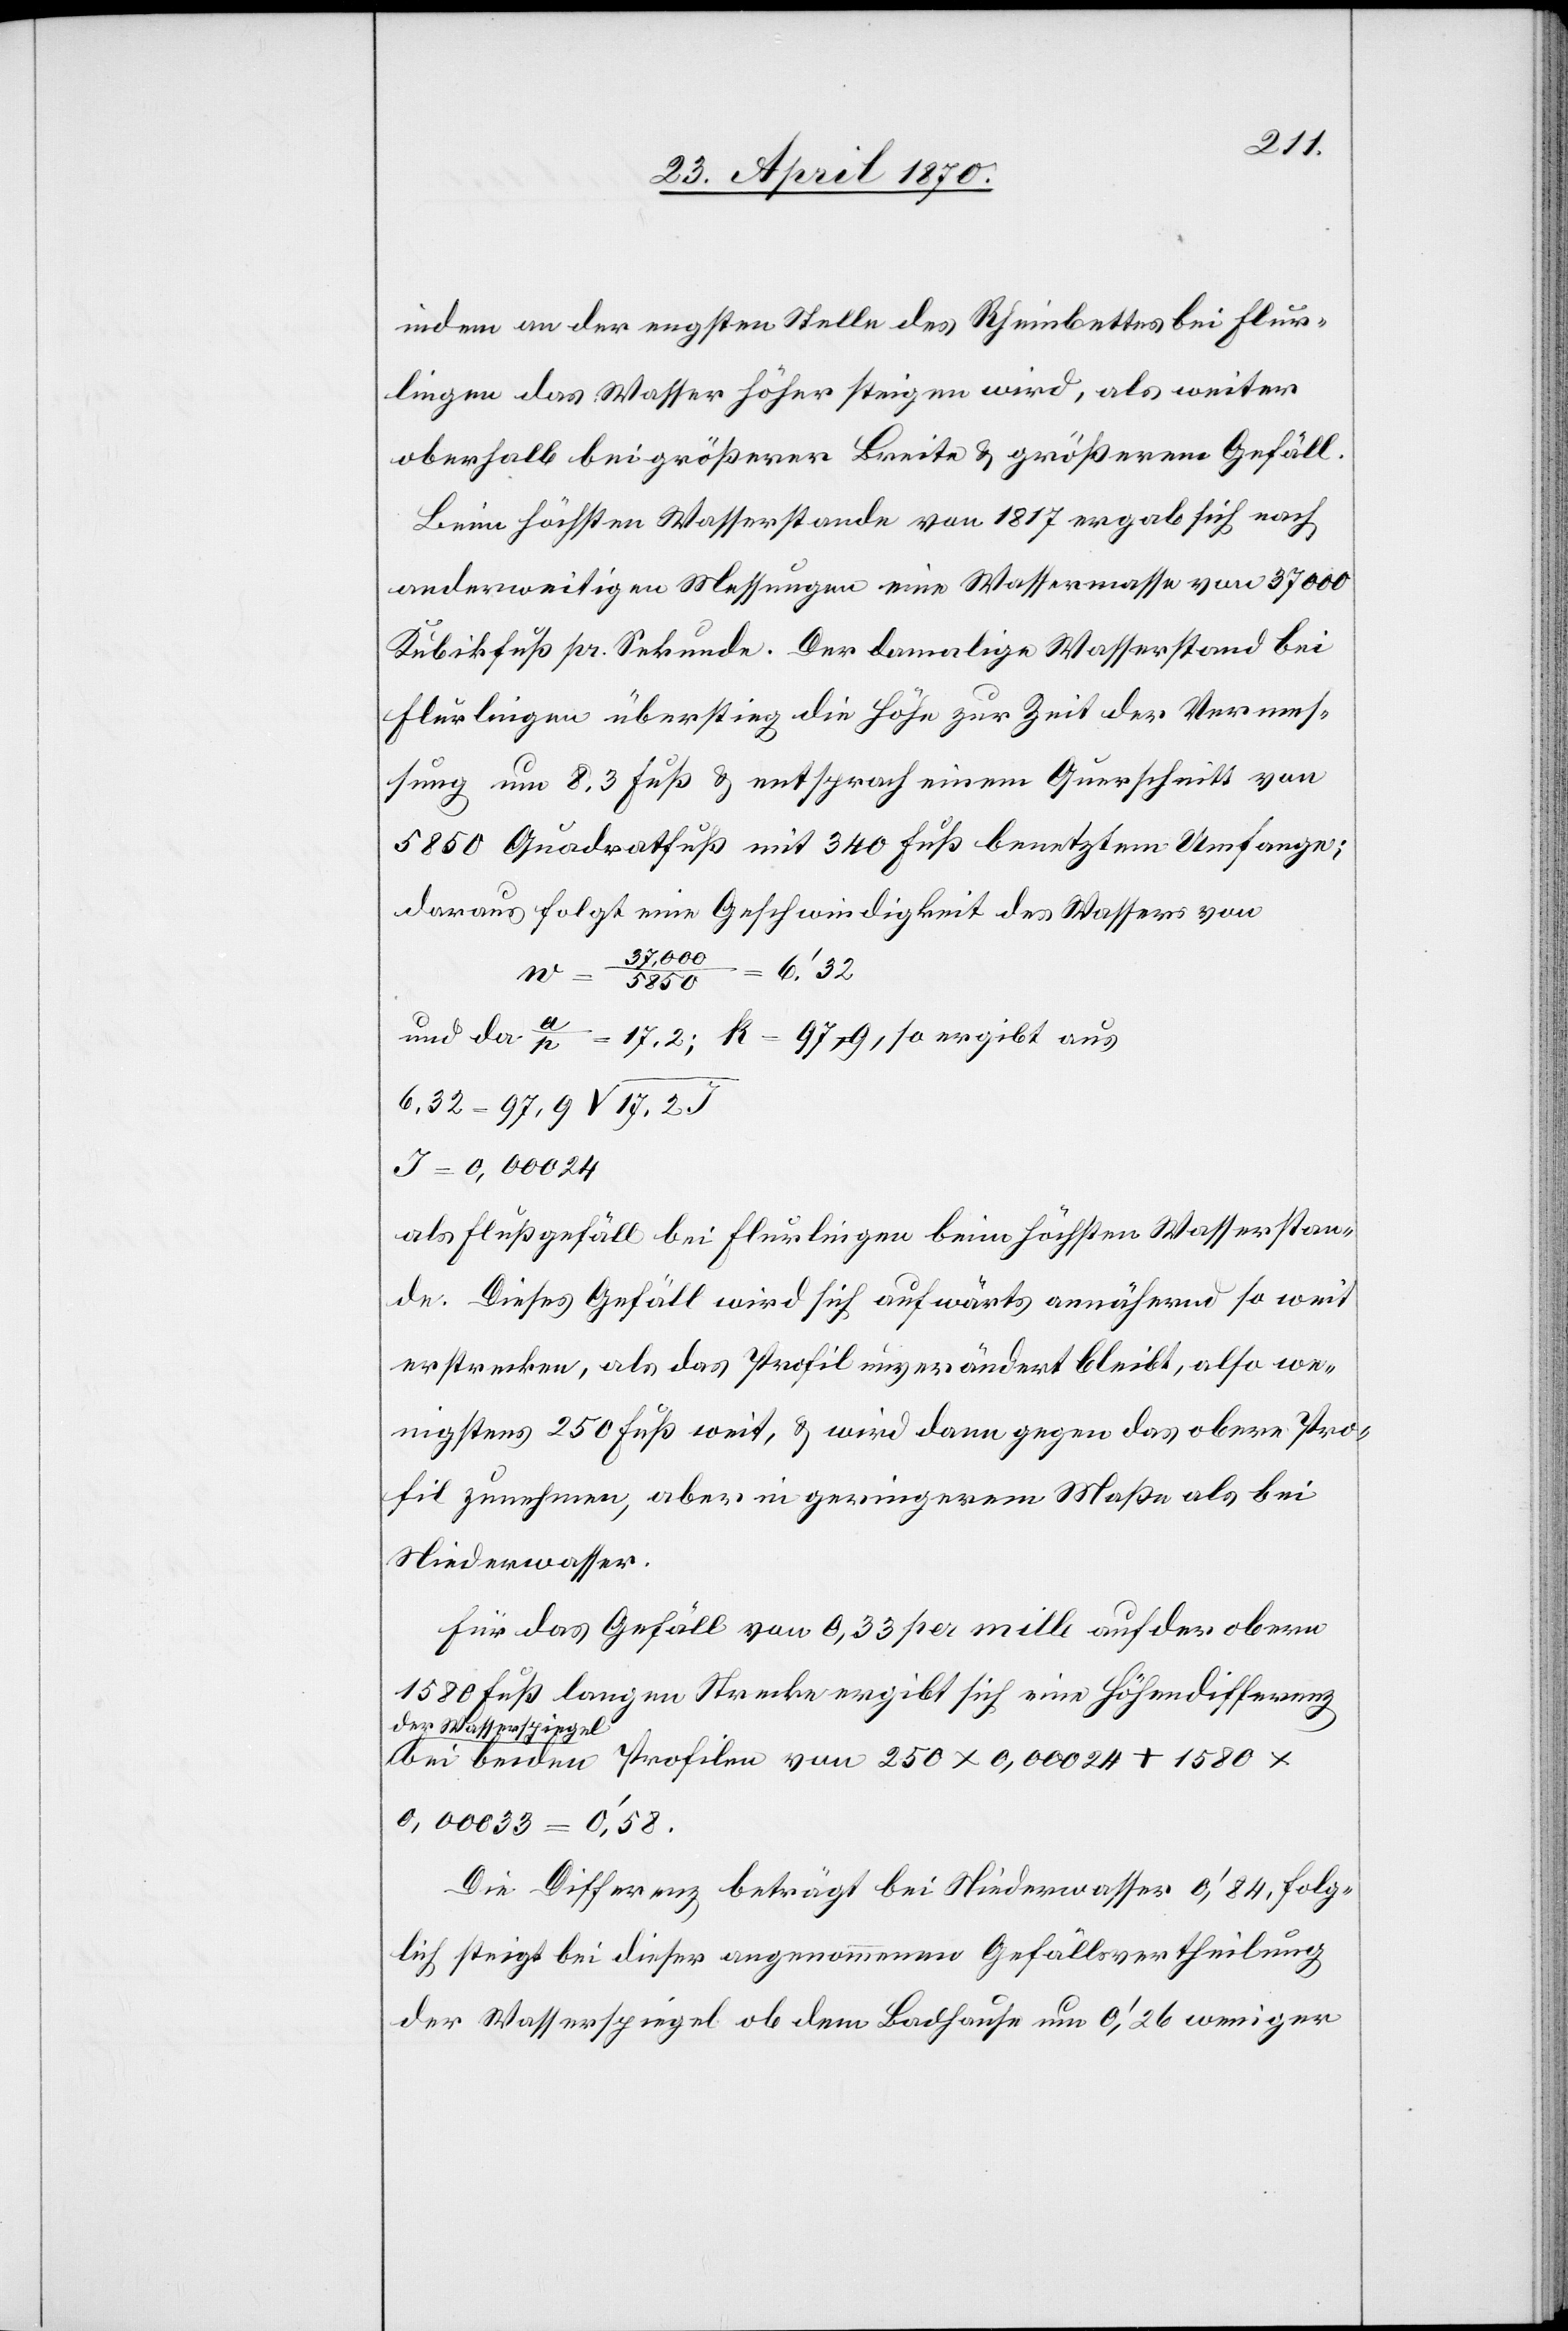
indem an der engsten Stelle des Rheinbettes bei Flur¬
lingen das Wasser höher steigen wird, als weiter
oberhalb bei größerer Breite & größerem Gefäll.
Beim höchsten Wasserstande von 1817 ergab sich nach
anderweitigen Messungen eine Wassermasse von 37 000
Kubikfuß pr. Sekunde. Der damalige Wasserstand bei
Flurlingen überstieg die Höhe zur Zeit der Vermes¬
sung um 8,3 Fuß & entsprach einem Querschnitt von
5850 Quadratfuß mit 340 Fuß benetzem Umfange;
daraus folgt eine Geschwindigkeit des Wassers von
und da a/p = 17,2; k = 97,9, so ergibt aus
0,00024
als Flußgefäll bei Flurlingen beim höchsten Wasserstan¬
de. Dieses Gefäll wird sich aufwärts annähernd so weit
erstrecken, als das Profil unverändert bleibt, also we¬
nigstens 250 Fuß weit, & wird dann gegen das obere Pro¬
fil zunehmen, aber in geringerem Maße als bei
Niederwasser.
Für das Gefäll von 0,33 per mille auf der obern
1580 Fuß langen Strecke ergibt sich eine Höhendifferenz
der Wasserspiegel
bei beiden Profilen von 250 x 0,00024 + 1590 x
0,00033 = 0‘,58.
Die Differenz beträgt bei Niederwasser 0‘,84, folg¬
lich steigt bei dieser angenommenen Gefällsvertheilung
der Wasserspiegel ob dem Badhause um 0‘,26 weniger